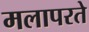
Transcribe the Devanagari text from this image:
मलापरते